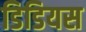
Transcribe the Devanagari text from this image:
डिडियस